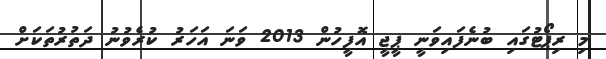
މި ރިޕޯޓުގައި ބުނެފައިވަނީ ޕީޖީ އޮފީހުން 2013 ވަނަ އަހަރު ކުރެވުނު ދަތުރުތަކަށް